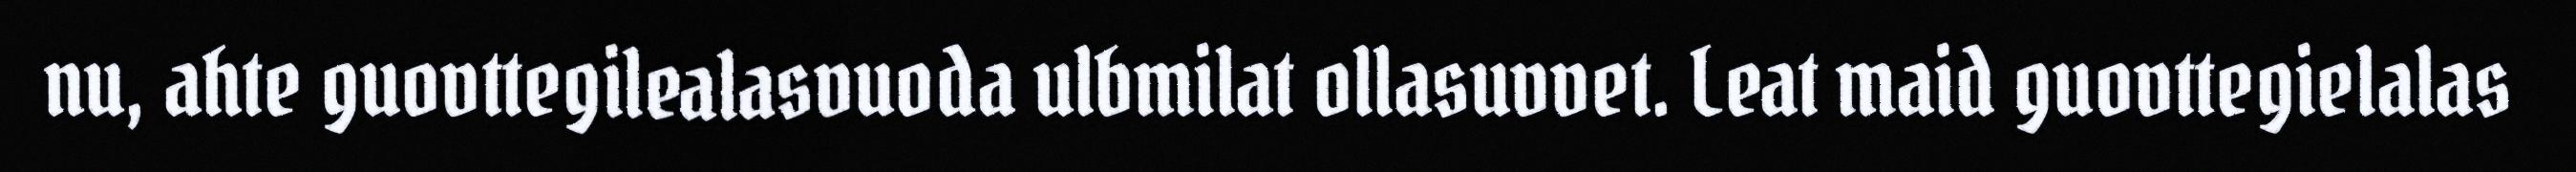
nu, ahte guovttegilealasvuoda ulbmilat ollasuvvet. Leat maid guovttegielalas